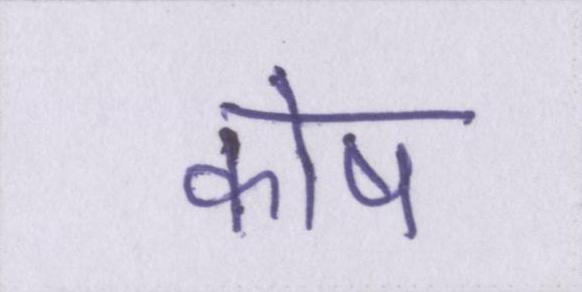
कोष